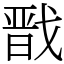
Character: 戬